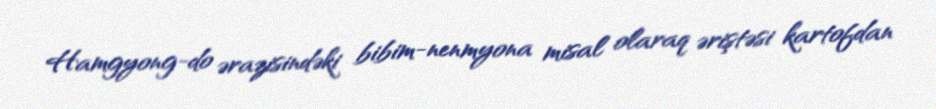
Hamgyong-do ərazisindəki bibim-nenmyona misal olaraq əriştəsi kartofdan